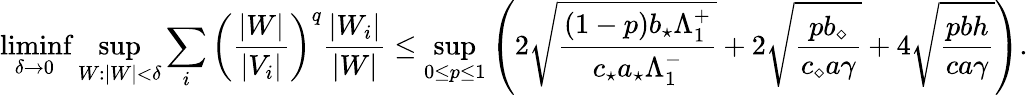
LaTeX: \operatorname*{liminf}_{\delta\to 0}\operatorname*{sup}_{W:|W|<\delta}\sum_{i}\left(\frac{|W|}{|V_{i}|}\right)^{q}\frac{|W_{i}|}{|W|}\leq\operatorname*{sup}_{0\leq p\leq 1}\left(2\sqrt\frac{(1-p)b_{\star}\Lambda_{1}^{+}}{c_{\star}a_{\star}\Lambda_{1}^{-}}+2\sqrt{\frac{pb_{\diamond}}{c_{\diamond}a\gamma}}+4\sqrt{\frac{pbh}{ca\gamma}}\right).